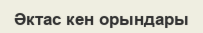
Әктас кен орындары